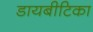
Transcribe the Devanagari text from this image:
डायबीटिका